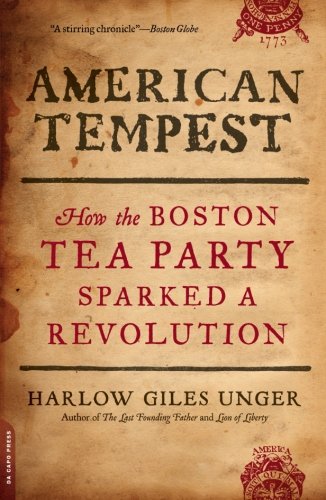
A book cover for American Tempest: How the Boston Tea Party Sparked a Revolution; Harlow Giles Unger; Law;